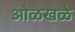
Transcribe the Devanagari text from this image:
ओळखळे